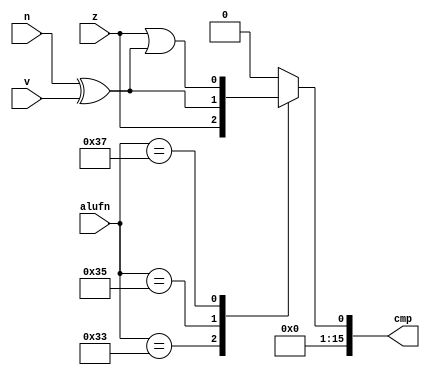
/*
   This file was generated automatically by Alchitry Labs version 1.2.1.
   Do not edit this file directly. Instead edit the original Lucid source.
   This is a temporary file and any changes made to it will be destroyed.
*/

module compare_4 (
    input z,
    input n,
    input v,
    input [5:0] alufn,
    output reg [15:0] cmp
  );
  
  
  
  always @* begin
    cmp[1+14-:15] = 15'h0000;
    
    case (alufn)
      6'h33: begin
        cmp[0+0-:1] = z;
      end
      6'h35: begin
        cmp[0+0-:1] = n ^ v;
      end
      6'h37: begin
        cmp[0+0-:1] = z | (n ^ v);
      end
      default: begin
        cmp[0+0-:1] = 1'h0;
      end
    endcase
  end
endmodule